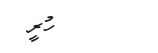
ހުރީ